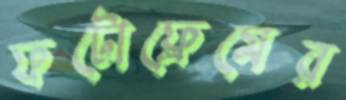
ফটোফ্রেমের